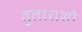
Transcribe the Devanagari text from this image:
तुलाराशौ